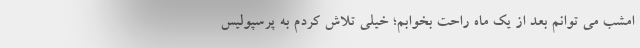
امشب می توانم بعد از یک ماه راحت بخوابم؛ خیلی تلاش کردم به پرسپولیس